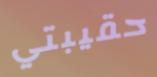
حقيبتي